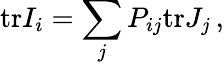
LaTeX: \mathrm{tr}I_{i}=\sum_{j}P_{ij}\mathrm{tr}J_{j}\, ,